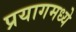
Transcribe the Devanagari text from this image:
प्रयागमध्ये